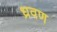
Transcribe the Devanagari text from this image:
ध्रवण